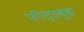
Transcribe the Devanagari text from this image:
फील्डबुक